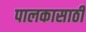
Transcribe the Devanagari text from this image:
पालकासाठी